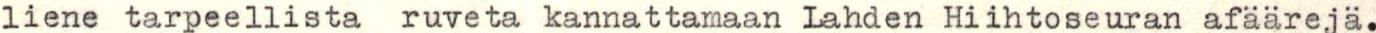
liene tarpeellista ruveta kannattamaan Lahden Hiihtoseuran afäärejä.